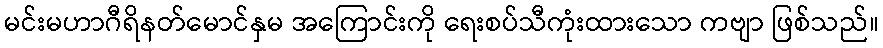
မင်းမဟာဂီရိနတ်မောင်နှမ အကြောင်းကို ရေးစပ်သီကုံးထားသော ကဗျာ ဖြစ်သည်။